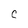
Character: C